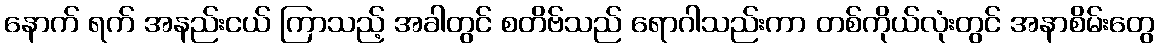
နောက် ရက် အနည်းငယ် ကြာသည့် အခါတွင် စတိဗ်သည် ရောဂါသည်းကာ တစ်ကိုယ်လုံးတွင် အနာစိမ်းတွေ